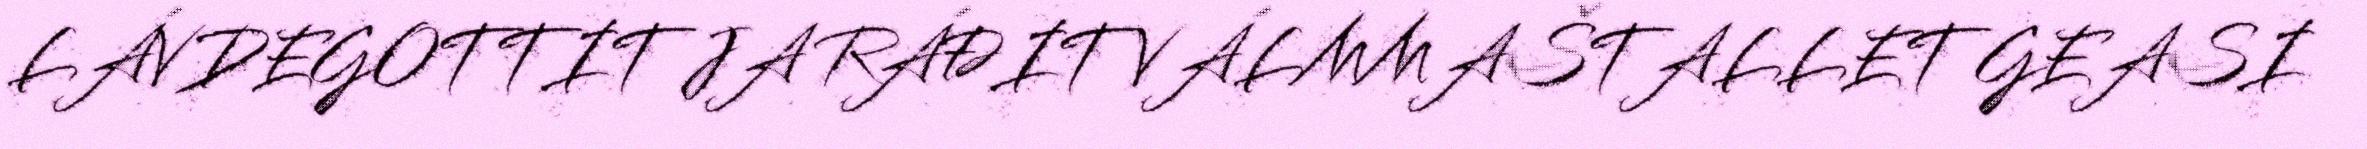
LÁVDEGOTTIT JA RÁĐIT VÁLMMAŠTALLET GEASI